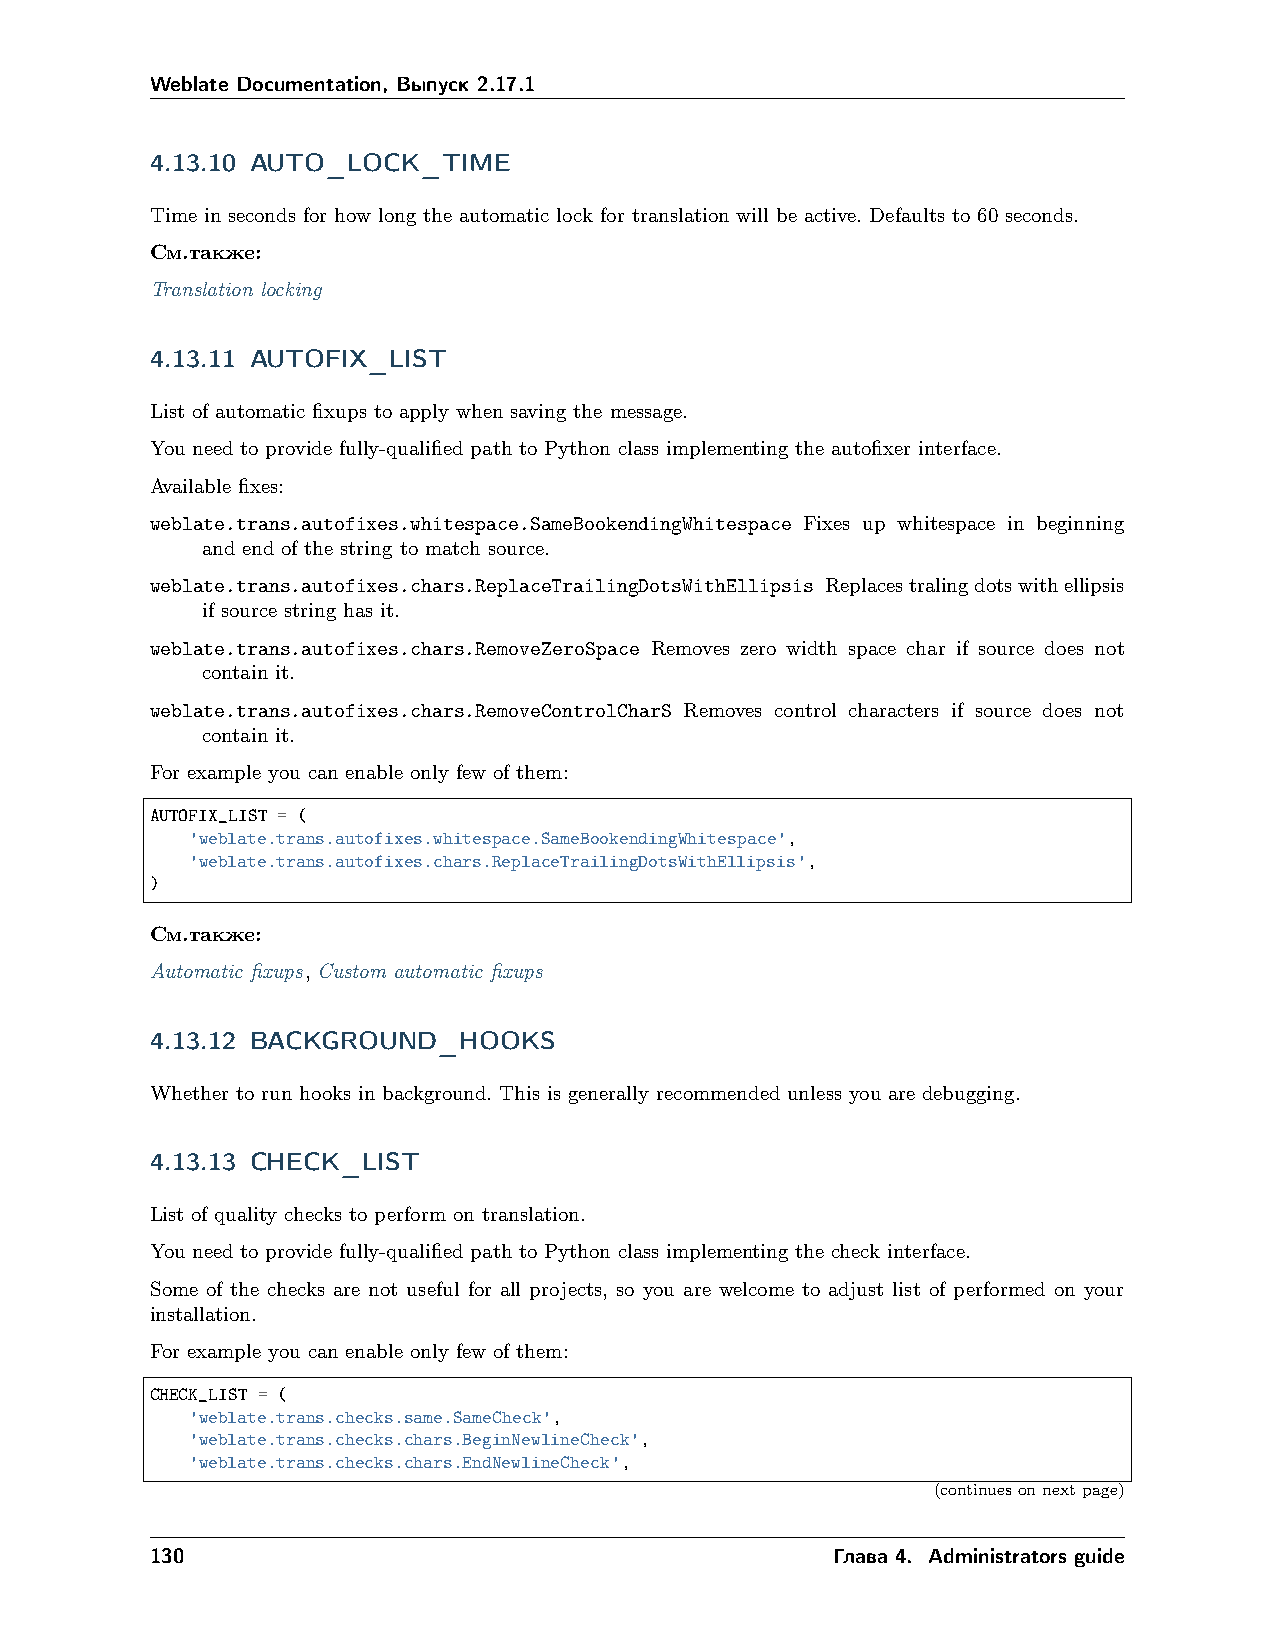
Weblate Documentation, Выпуск 2.17.1
 4.13.10 AUTO_LOCK_TIME
 Time in seconds for how long the automatic lock for translation will be active. Defaults to 60 seconds.
 См.также:
 Translation locking
 4.13.11 AUTOFIX_LIST
 List of automatic fixups to apply when saving the message.
 You need to provide fully-qualified path to Python class implementing the autofixer interface.
 Available fixes:
 weblate.trans.autofixes.whitespace.SameBookendingWhitespace Fixes up whitespace in beginning
 and end of the string to match source.
 weblate.trans.autofixes.chars.ReplaceTrailingDotsWithEllipsis Replacestralingdotswithellipsis
 if source string has it.
 weblate.trans.autofixes.chars.RemoveZeroSpace Removes zero width space char if source does not
 contain it.
 weblate.trans.autofixes.chars.RemoveControlCharS Removes control characters if source does not
 contain it.
 For example you can enable only few of them:
 AUTOFIX_LIST = (
 'weblate.trans.autofixes.whitespace.SameBookendingWhitespace',
 'weblate.trans.autofixes.chars.ReplaceTrailingDotsWithEllipsis',
 )
 См.также:
 Automatic fixups, Custom automatic fixups
 4.13.12 BACKGROUND_HOOKS
 Whether to run hooks in background. This is generally recommended unless you are debugging.
 4.13.13 CHECK_LIST
 List of quality checks to perform on translation.
 You need to provide fully-qualified path to Python class implementing the check interface.
 Some of the checks are not useful for all projects, so you are welcome to adjust list of performed on your
 installation.
 For example you can enable only few of them:
 CHECK_LIST = (
 'weblate.trans.checks.same.SameCheck',
 'weblate.trans.checks.chars.BeginNewlineCheck',
 'weblate.trans.checks.chars.EndNewlineCheck',
 (continuesonnextpage)
 130                                          Глава 4. Administrators guide